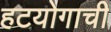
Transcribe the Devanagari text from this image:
हटयोगाची